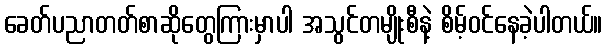
ခေတ်ပညာတတ်စာဆိုတွေကြားမှာပါ အသွင်တမျိုးစီနဲ့ စိမ့်ဝင်နေခဲ့ပါတယ်။